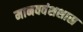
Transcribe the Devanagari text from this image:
मानववंशशास्र